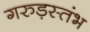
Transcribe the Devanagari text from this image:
गरुड़स्तंभ